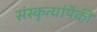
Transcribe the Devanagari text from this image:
संस्कृत्यांपैकी